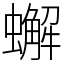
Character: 蠏